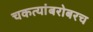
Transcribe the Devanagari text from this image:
चकत्यांबरोबरच